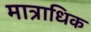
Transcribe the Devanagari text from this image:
मात्राधिक